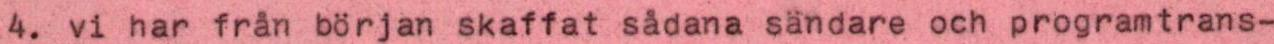
4. vi har från början skaffat sådana sändare och programtrans-